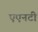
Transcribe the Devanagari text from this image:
एएनटी